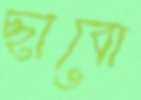
ছাবো